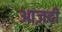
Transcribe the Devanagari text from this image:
आज़दी